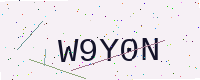
Text: W9Y0N